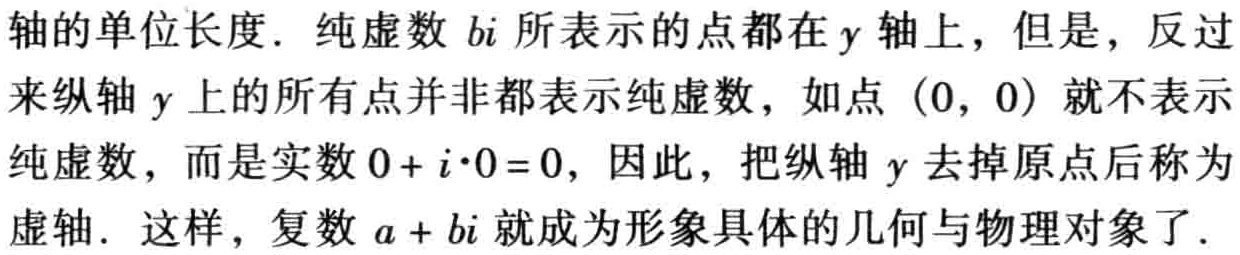
轴的单位长度. 纯虚数 \(bi\) 所表示的点都在 \(y\) 轴上，但是，反过来纵轴 \(y\) 上的所有点并非都表示纯虚数，如点 \((0, 0)\) 就不表示纯虚数，而是实数 \(0 + i\cdot0 = 0\)，因此，把纵轴 \(y\) 去掉原点后称为虚轴. 这样，复数 \(a + bi\) 就成为形象具体的几何与物理对象了.